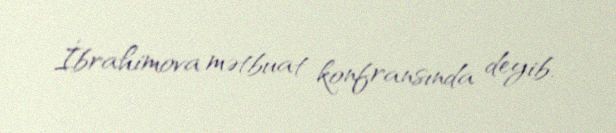
İbrahimova mətbuat konfransında deyib.